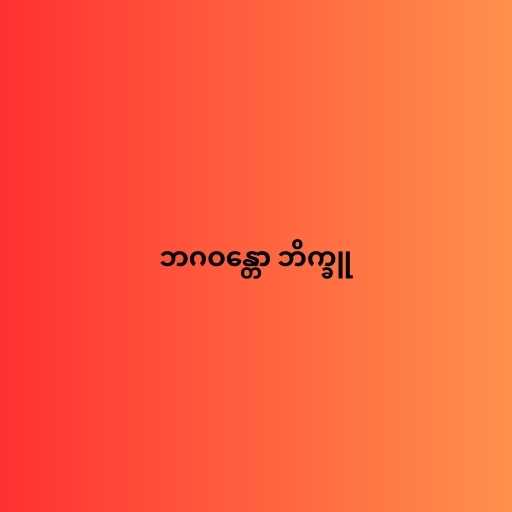
ဘဂဝန္တော ဘိက္ခူ